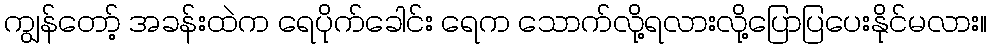
ကျွန်တော့် အခန်းထဲက ရေပိုက်ခေါင်း ရေက သောက်လို့ရလားလို့ပြောပြပေးနိုင်မလား။